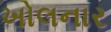
ખોલનાર